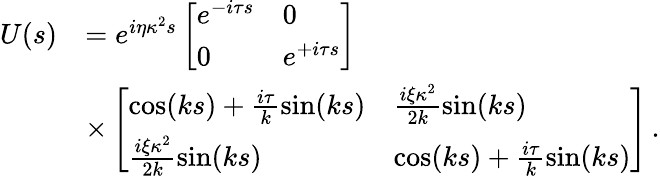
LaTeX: \begin{array}{rl}{U(s)}&{=e^{i\eta\kappa^{2}s}\left[\begin{array}{ll}{e^{-i\tau s}}&{0}\\ {0}&{e^{+i\tau s}}\end{array}\right]}\\ &{\times\left[\begin{array}{ll}{\cos(ks)+\frac{i\tau}{k}\sin(ks)}&{\frac{i\xi\kappa^{2}}{2k}\sin(ks)}\\ {\frac{i\xi\kappa^{2}}{2k}\sin(ks)}&{\cos(ks)+\frac{i\tau}{k}\sin(ks)}\end{array}\right]\, .}\end{array}